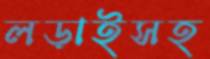
লড়াইসহ